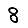
Digit: 8